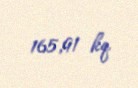
165,91 kq